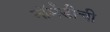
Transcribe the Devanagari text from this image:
नॉर्मंडीची